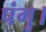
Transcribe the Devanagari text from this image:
पंगु।